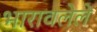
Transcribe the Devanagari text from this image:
भारावलेले